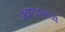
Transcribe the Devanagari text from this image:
अन्नछत्रामध्ये